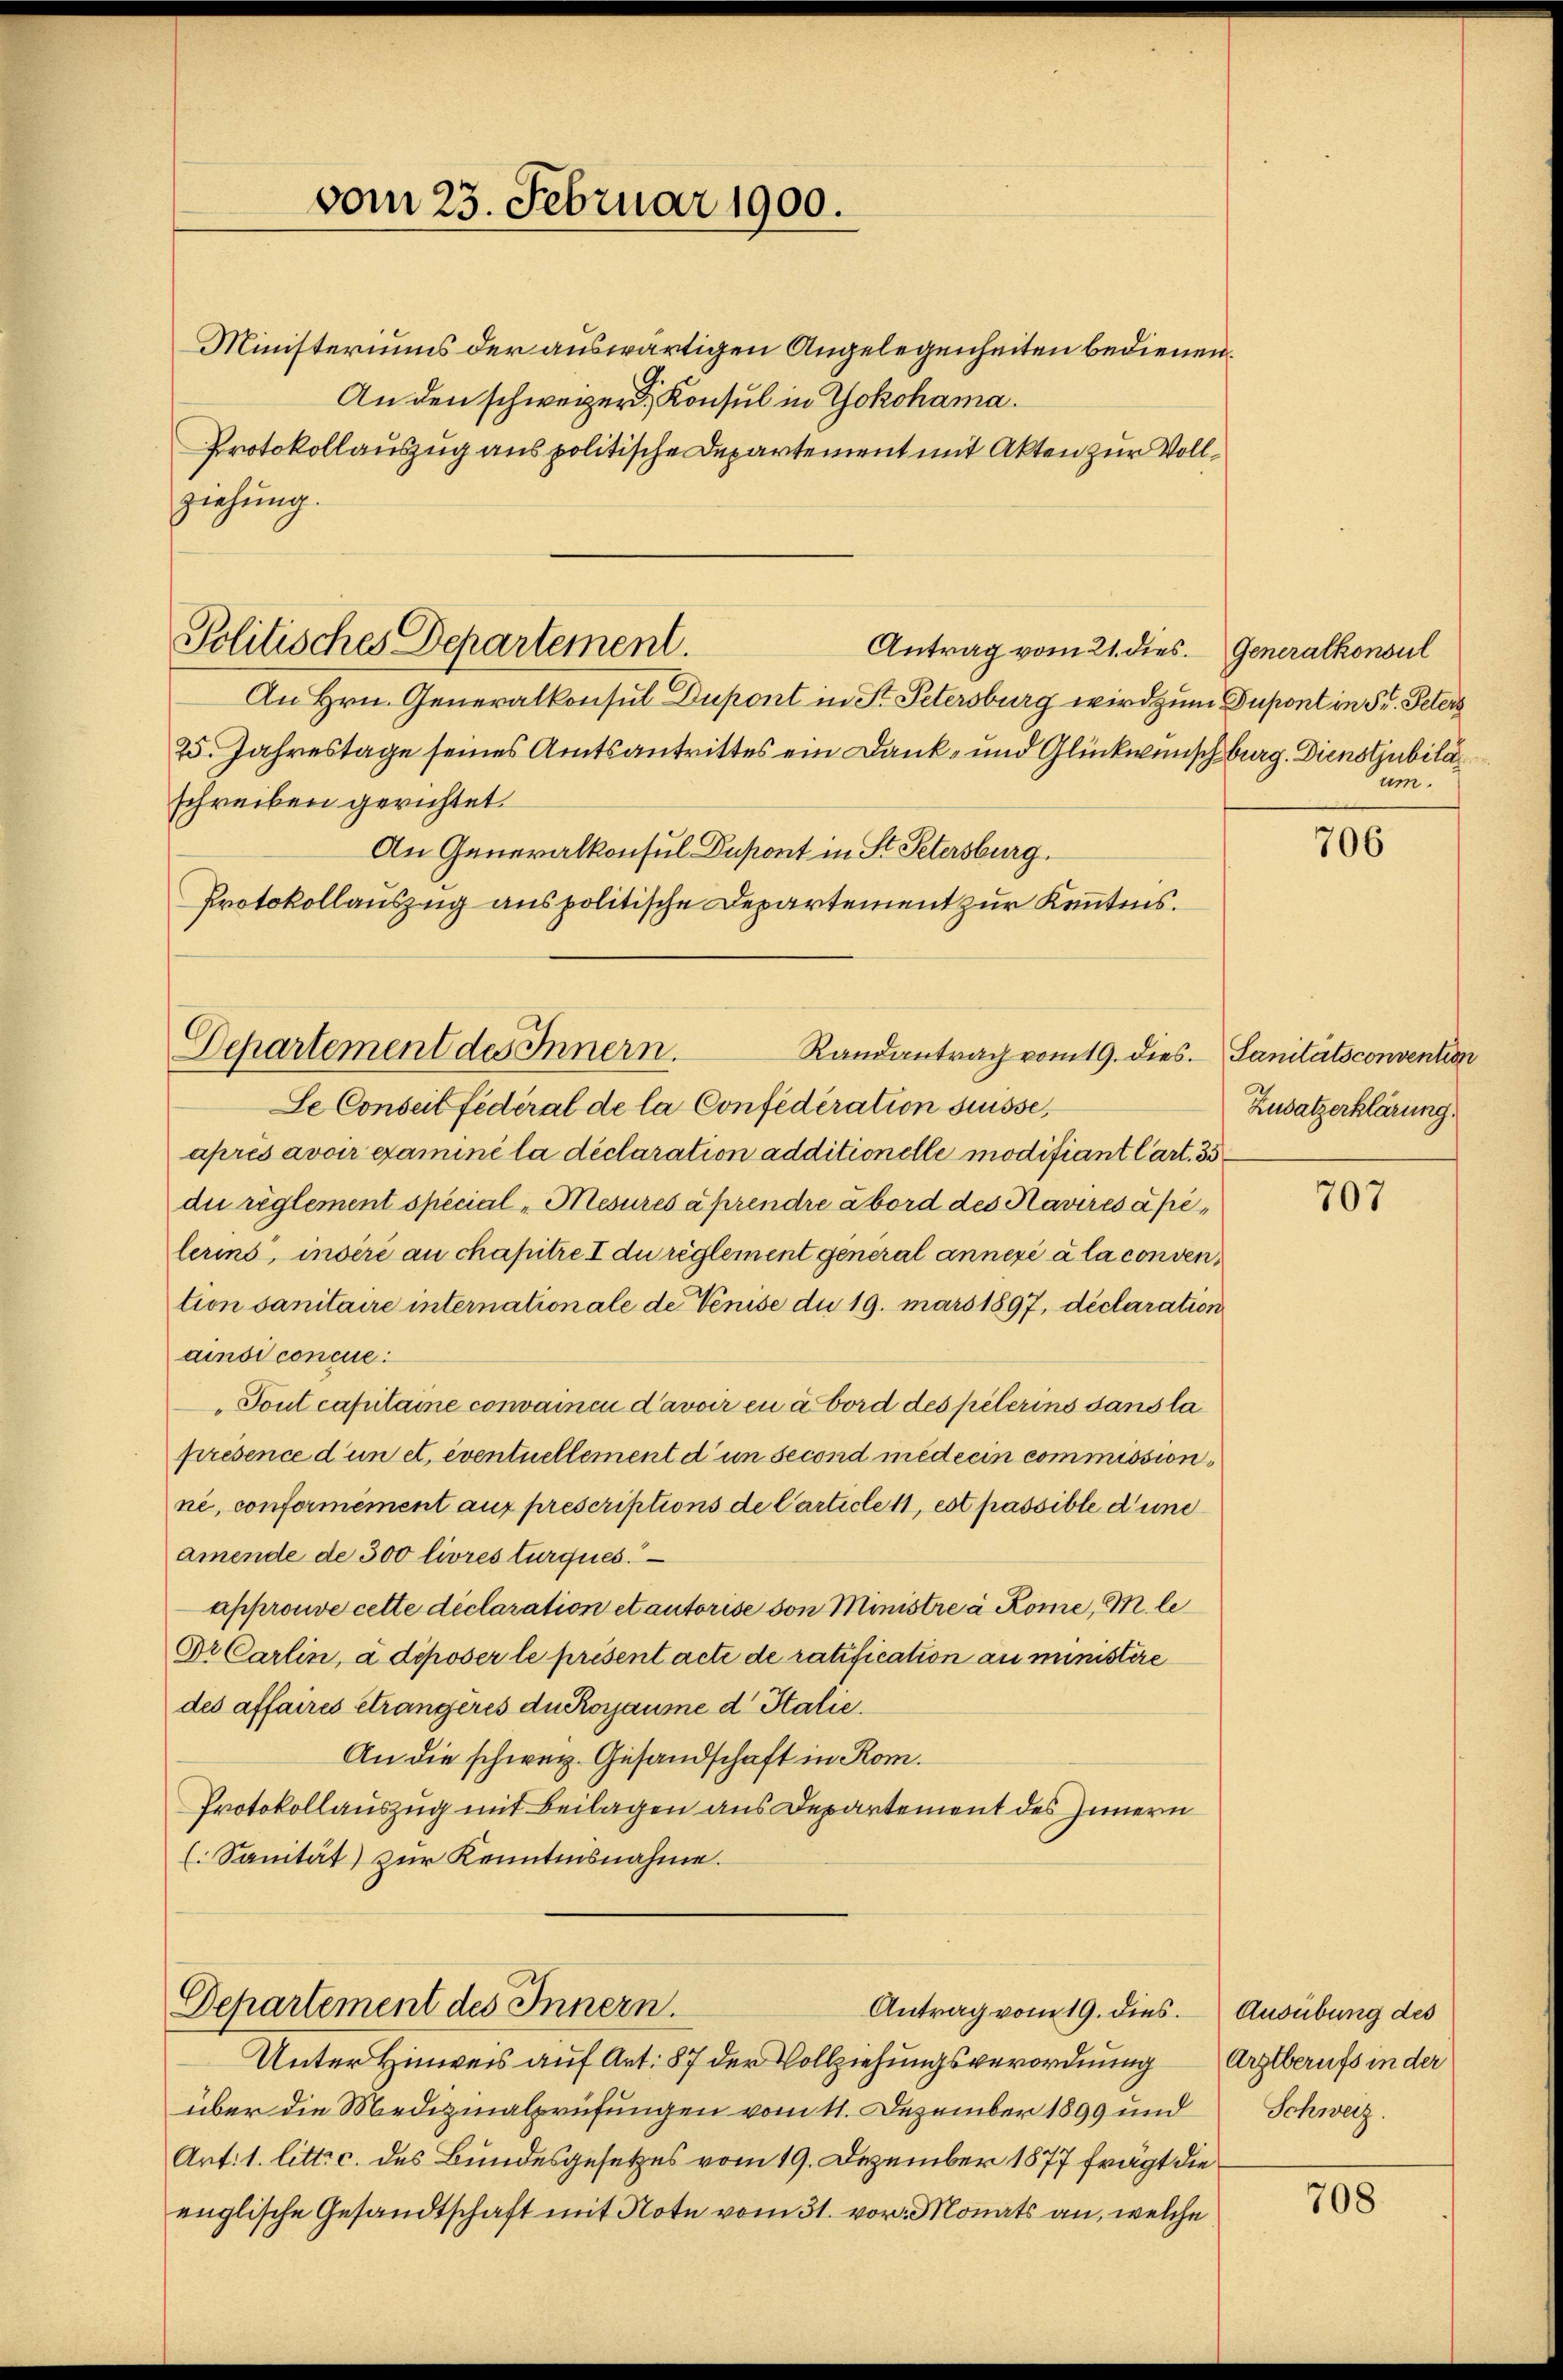
vom 23. Februar 1900.

An Hrn. Generalkonsul Dupont in St. Petersburg wird zum Dupont in St. Peters
25. Jahrestage seines Amtsantrittes ein Dank- und Glückwunsch burg. Dienstjubila
schreiben gerichtet.
An Generalkonsul Dupont in St. Petersburg.
Protokollauszug aus politische Departement zur Kenntnis.

Politisches Departement.

Ministeriums der auswärtigen Angelegenheiten bedienen.
An den schweizer, Konsul in Yokohama.
Protokollauszug aus politische Departement mit Akten zur Vollziehung.

Antrag vom 21. dies. Generalkonsul

Departement des Innern.
Randantrag vom 19. dies. Sanitätsconvention

Se Conseit federal de la Confédération suisse,
après avoir examiné la déclaration additionelle modifiant Cart. 35
du règlement special „Mesures aprendre abord des Klaviresápélerins, inséré au chapitre I du règlement general annexé à la convention sanitaire internationale de Venise du 19. mars 1897, déclaration
ainsi concue:
Tout capitaine convaincu d’avoir en abord des pelerins sans la
présence d’un et, eventuellement d’un second medicin commission,
ne, conformément auf prescriptions de Carticle 11, est passible d’une
amende de 300 livres turques.
approuve cette déclaration et autorise von Ministre à Rome, M. le
Dr Carlin, à déposer le présent acte de ratification au ministere
des affaires étrangères du Rorjaume d Italie
An die schweiz. Gesandschaft in Rom.
Protokollauszug mit Beilagen aus Departement des Innern
(Sanität) zur Kenntnisnahme.

Departement des Innern.

Antrag vom 19. dies. Ausübung des

über die Medizinalprüfungen vom 11. Dezember 1899 und Schweiz.
Art: 1. litt. c. des Bundesgesetzes vom 19. Dezember 1877 frägt die
englische Gesandtschaft mit Note vom 31. vor. Monats an, welche

Unter Hinweis auf Art. 87 der Vollziehungsverordnung

um.

706

Zusatzerklärung.

707

Argtberufs in der

708.